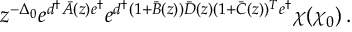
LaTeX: z ^ { - \Delta _ { 0 } } e ^ { d ^ { \dagger } \bar { A } ( z ) e ^ { \dagger } } e ^ { d ^ { \dagger } ( 1 + \bar { B } ( z ) ) \bar { D } ( z ) ( 1 + \bar { C } ( z ) ) ^ { T } e ^ { \dagger } } \chi ( \chi _ { 0 } ) \, .